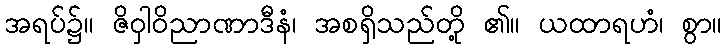
အရပ်၌။ ဇိဝှါဝိညာဏာဒီနံ၊ အစရှိသည်တို့ ၏။ ယထာရဟံ၊ စွာ။